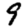
Digit: 9